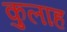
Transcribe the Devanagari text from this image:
कुलाह